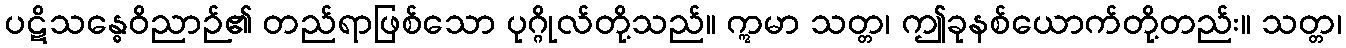
ပဋိသန္ဓေဝိညာဉ်၏ တည်ရာဖြစ်သော ပုဂ္ဂိုလ်တို့သည်။ ဣမာ သတ္တ၊ ဤခုနစ်ယောက်တို့တည်း။ သတ္တ၊